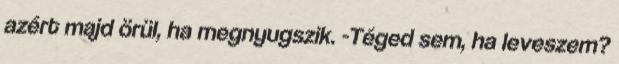
azért majd örül, ha megnyugszik. -Téged sem, ha leveszem?